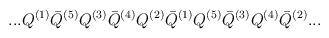
LaTeX: \begin{align*}...Q^{(1)}{\bar Q}^{(5)}Q^{(3)}{\bar Q}^{(4)}Q^{(2)}{\bar Q}^{(1)}Q^{(5)}{\bar Q}^{(3)}Q^{(4)}{\bar Q}^{(2)}...\end{align*}